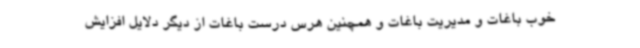
خوب باغات و مدیریت باغات و همچنین هرس درست باغات از دیگر دلایل افزایش